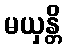
မယှန္တိ